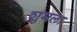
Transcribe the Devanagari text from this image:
शुमला